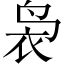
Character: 袅